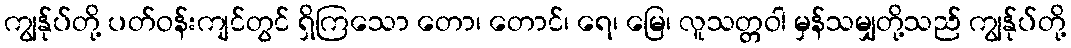
ကျွန်ုပ်တို့ ပတ်ဝန်းကျင်တွင် ရှိကြသော တော၊ တောင်၊ ရေ၊ မြေ၊ လူသတ္တဝါ မှန်သမျှတို့သည် ကျွန်ုပ်တို့